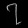
Digit: ၇